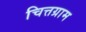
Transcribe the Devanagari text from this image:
चित्तग्राम